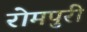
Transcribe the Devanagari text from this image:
रोमपुरी